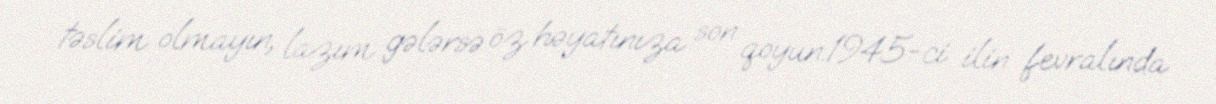
təslim olmayın, lazım gələrsə öz həyatınıza son qoyun.1945-ci ilin fevralında